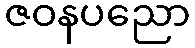
ဇဝနပညော